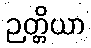
ဉတ္တိယာ